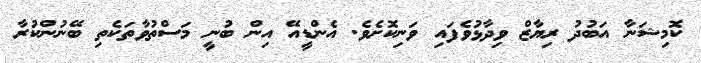
ކޮމިޝަނާ އަބުދު ރިޔާޒް ވިދާޅުވެފައި ވަނިކޮށެވެ. އެންޑީއޭ އިން ބުނީ މަސްތުވާތަކެތި ބޭނުންކުރާ